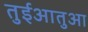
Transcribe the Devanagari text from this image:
तुईआतुआ